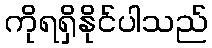
ကိုရရှိနိုင်ပါသည်